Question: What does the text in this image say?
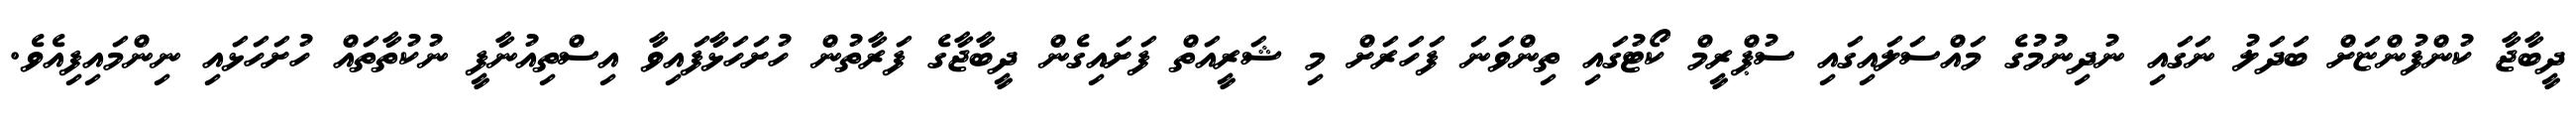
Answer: ދީބާޖާ ކުންފުންޏަށް ބަދަލު ނަގައި ނުދިނުމުގެ މައްސަލައިގައި ސުޕްރީމް ކޯޓުގައި ތިންވަނަ ފަހަރަށް މި ޝަރީއަތް ފަށައިގެން ދީބާޖާގެ ފަރާތުން ހުށަހަޅާފައިވާ އިސްތިއުނާފީ ނުކުތާތައް ހުށަހަޅައި ނިންމައިފިއެވެ.